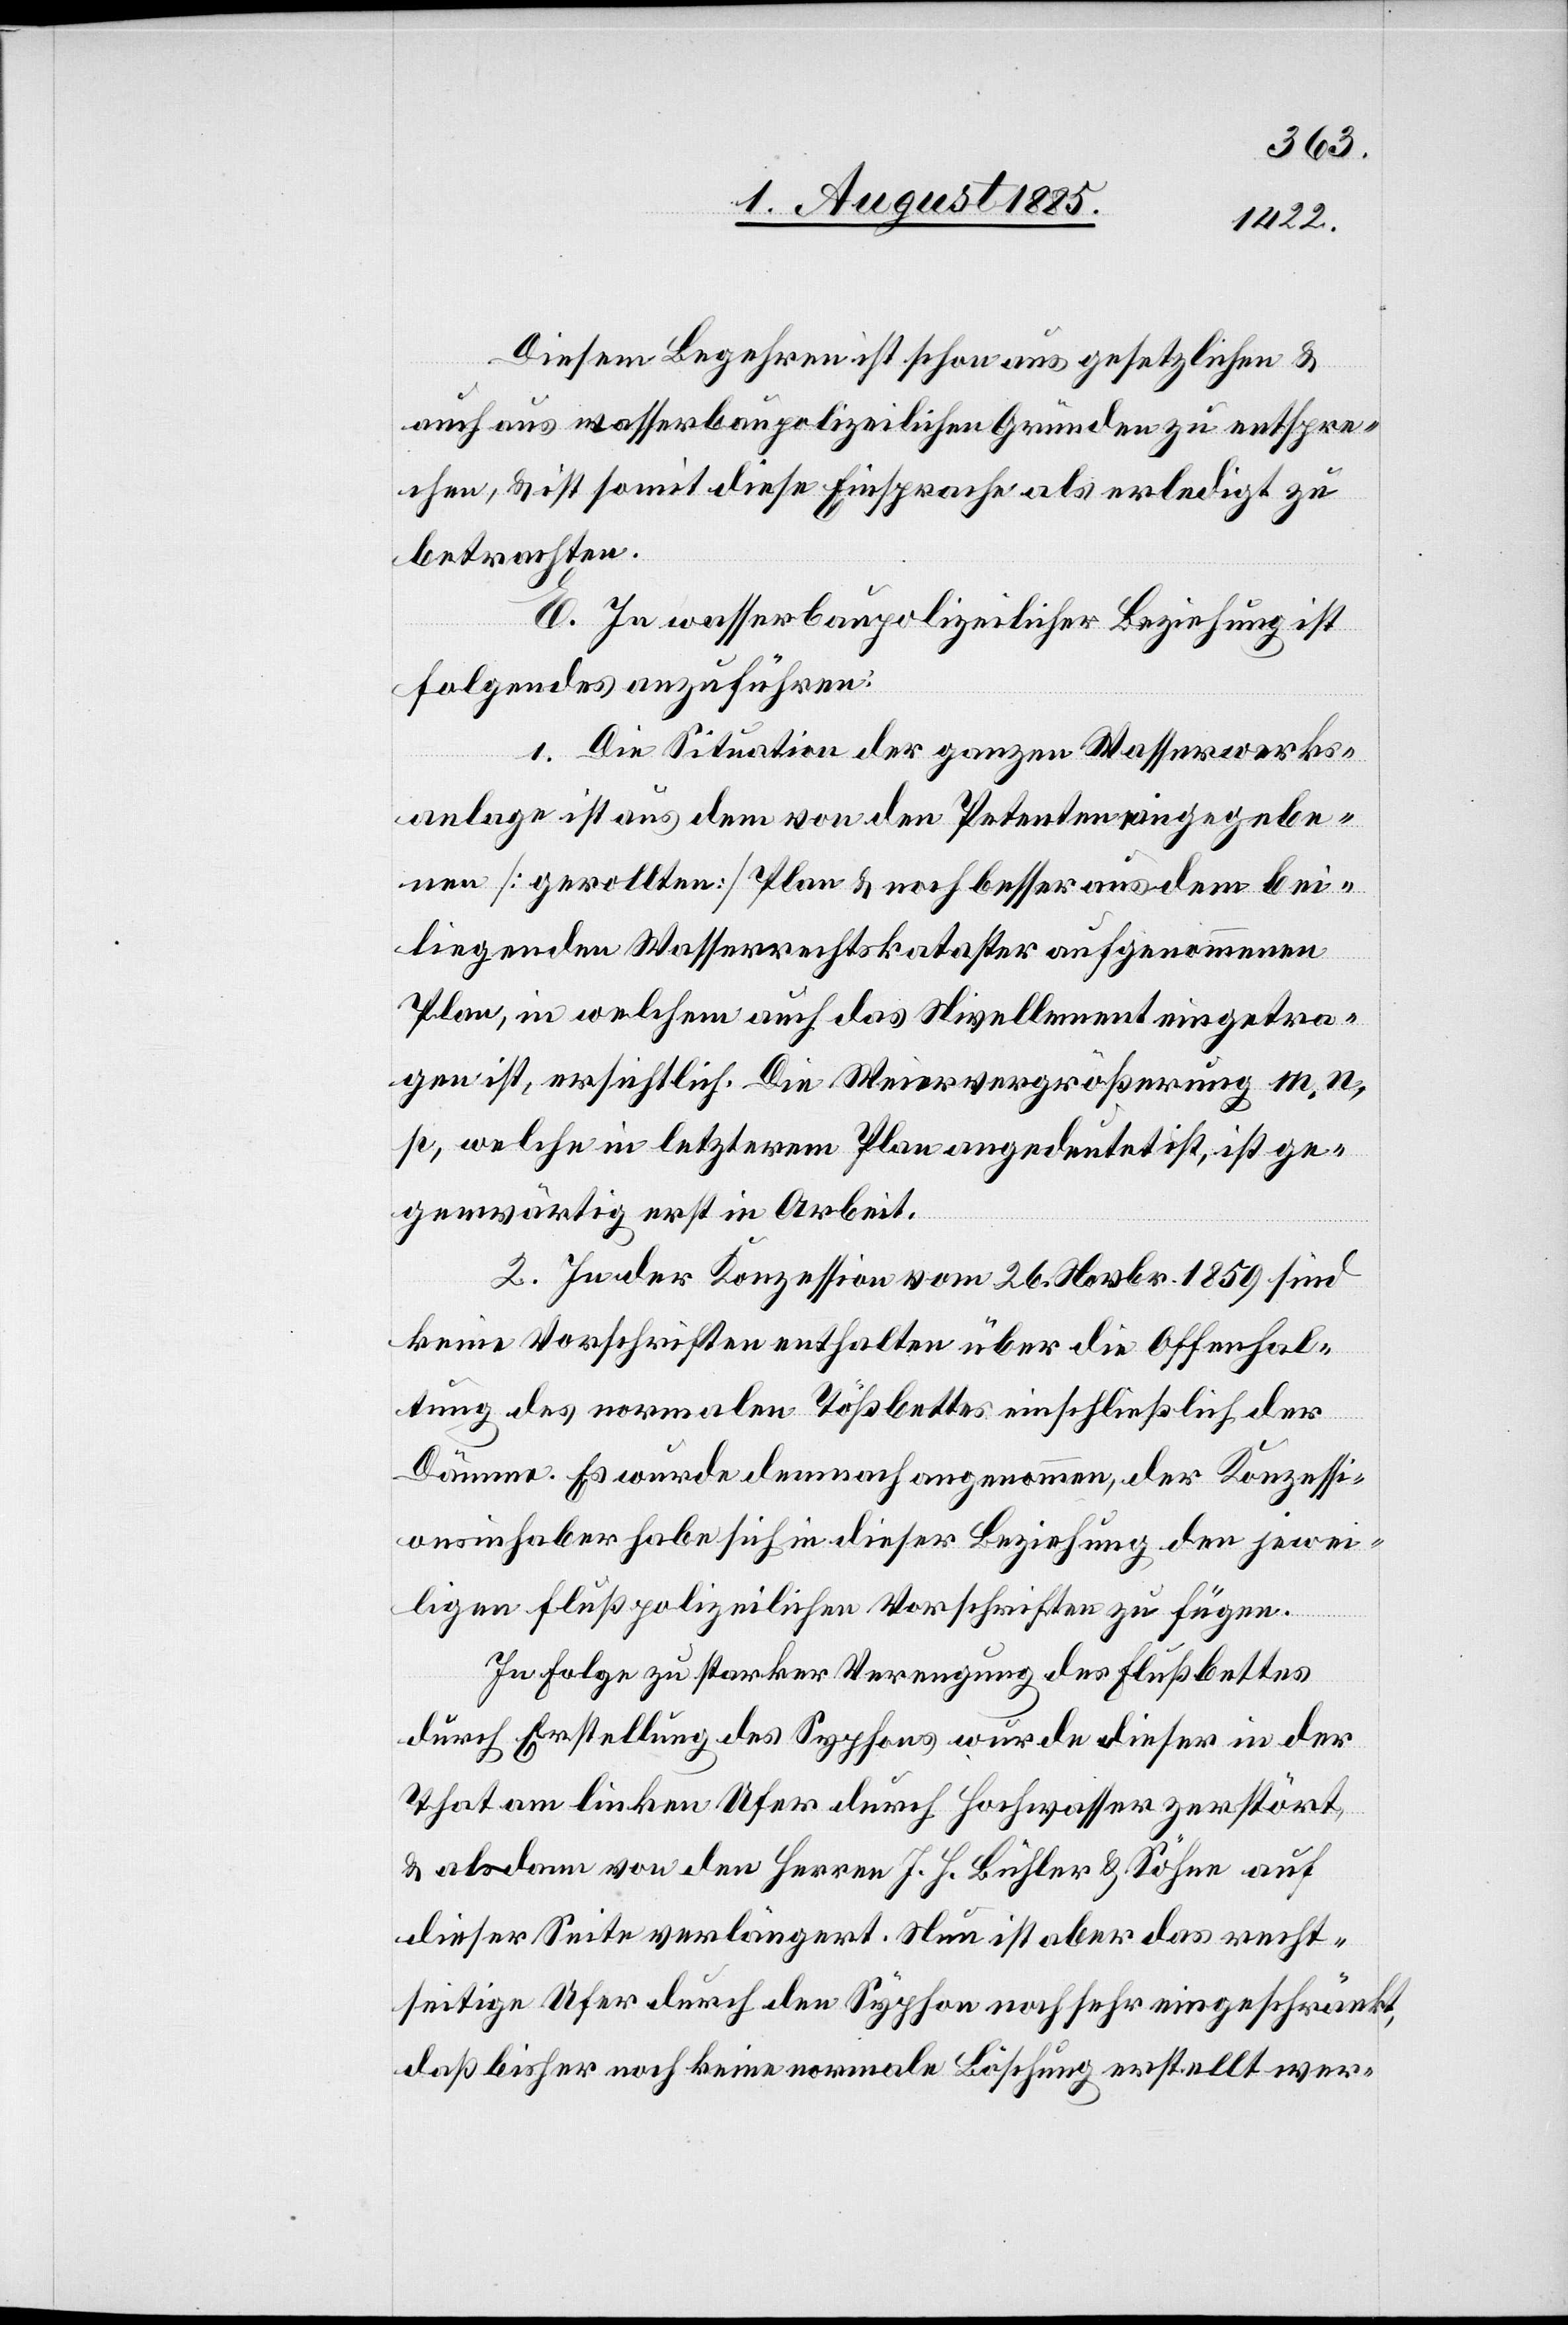
Diesem Begehren ist schon aus gesetzlichen &
auch aus wasserbaupolizeilichen Gründen zu entspre¬
chen, & ist somit diese Einsprache als erledigt zu
betrachten.
E. In wasserbaupolizeilicher Beziehung ist
folgendes anzuführen:
1. Die Situation der ganzen Wasserwerks¬
anlage ist aus dem von den Petenten angegebe¬
nen [gerollten] Plan & noch besser aus dem bei¬
liegenden Wasserrechtskataster aufgenommenen
Plan, in welchem auch das Nivellement eingetra¬
gen ist, ersichtlich. Die Weiervergrößerung m, n,
p, welche in letzterem Plan angedeutet ist, ist ge¬
genwärtig erst in Arbeit.
2. In der Konzession vom 26. Novbr. 1859 sind
keine Vorschriften enthalten über die Offenhal¬
tung des normalen Tößbettes einschließlich der
Dämme. Es wurde demnach angenommen, der Konzessi¬
onsinhaber habe sich in dieser Beziehung den jewei¬
ligen flußpolizeilichen Vorschriften zu fügen.
In Folge zu starker Verengung des Flußbettes
durch Erstellung des Syphons wurde dieser in der
That am linken Ufer durch Hochwasser zerstört
& als dann von den Herren J. H. Bühler & Söhne auf
dieser Seite verlängert. Nun ist aber das recht¬
seitige Ufer durch den Syphon noch sehr eingeschränkt,
daß bisher noch keine normale Löschung erstellt wer-